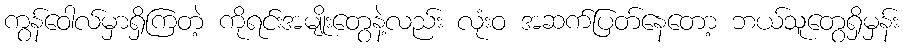
ကွန်ဝေါလ်မှာရှိကြတဲ့ ကိုရင်းအမျိုးတွေနဲ့လည်း လုံးဝ အဆက်ပြတ်နေတော့ ဘယ်သူတွေရှိမှန်း